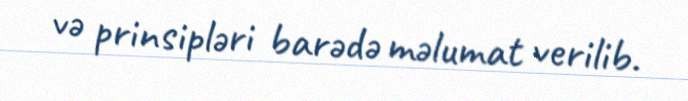
və prinsipləri barədə məlumat verilib.